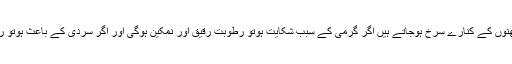
گاہے ناک کے نتھنوں کے کنارے سرخ ہوجاتے ہیں اگر گرمی کے سبب شکایت ہوتو رطوبت رقیق اور نمکین ہوگی اور اگر سردی کے باعث ہوتو رطوب غلیظ ہوگی۔